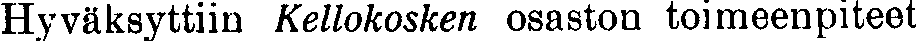
Hyväksyttiin Kellokosken osaston toimeenpiteet